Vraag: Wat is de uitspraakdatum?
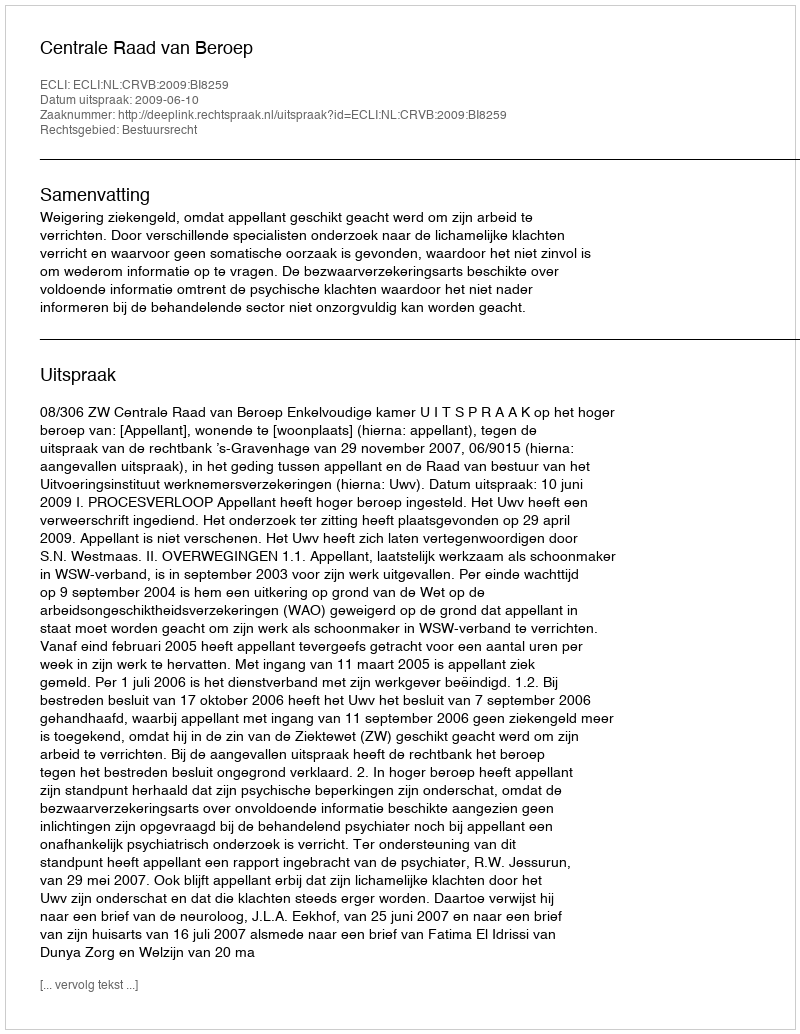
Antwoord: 2009-06-10